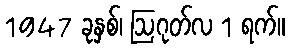
1947 ခုနှစ်၊ ဩဂုတ်လ 1 ရက်။